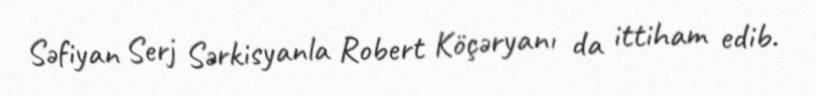
Səfiyan Serj Sərkisyanla Robert Köçəryanı da ittiham edib.